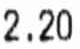
2.20